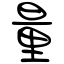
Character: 量